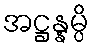
အဋ္ဌန္နမ္ပိ